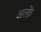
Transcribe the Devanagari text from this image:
अल्फ्रें